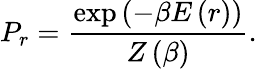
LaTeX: P_{r}={\frac{\exp\left(-\beta E\left(r\right)\right)}{Z\left(\beta\right)}}.